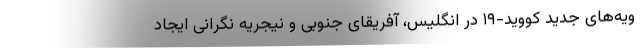
ویه‌های جدید کووید-۱۹ در انگلیس، آفریقای جنوبی و نیجریه نگرانی ایجاد